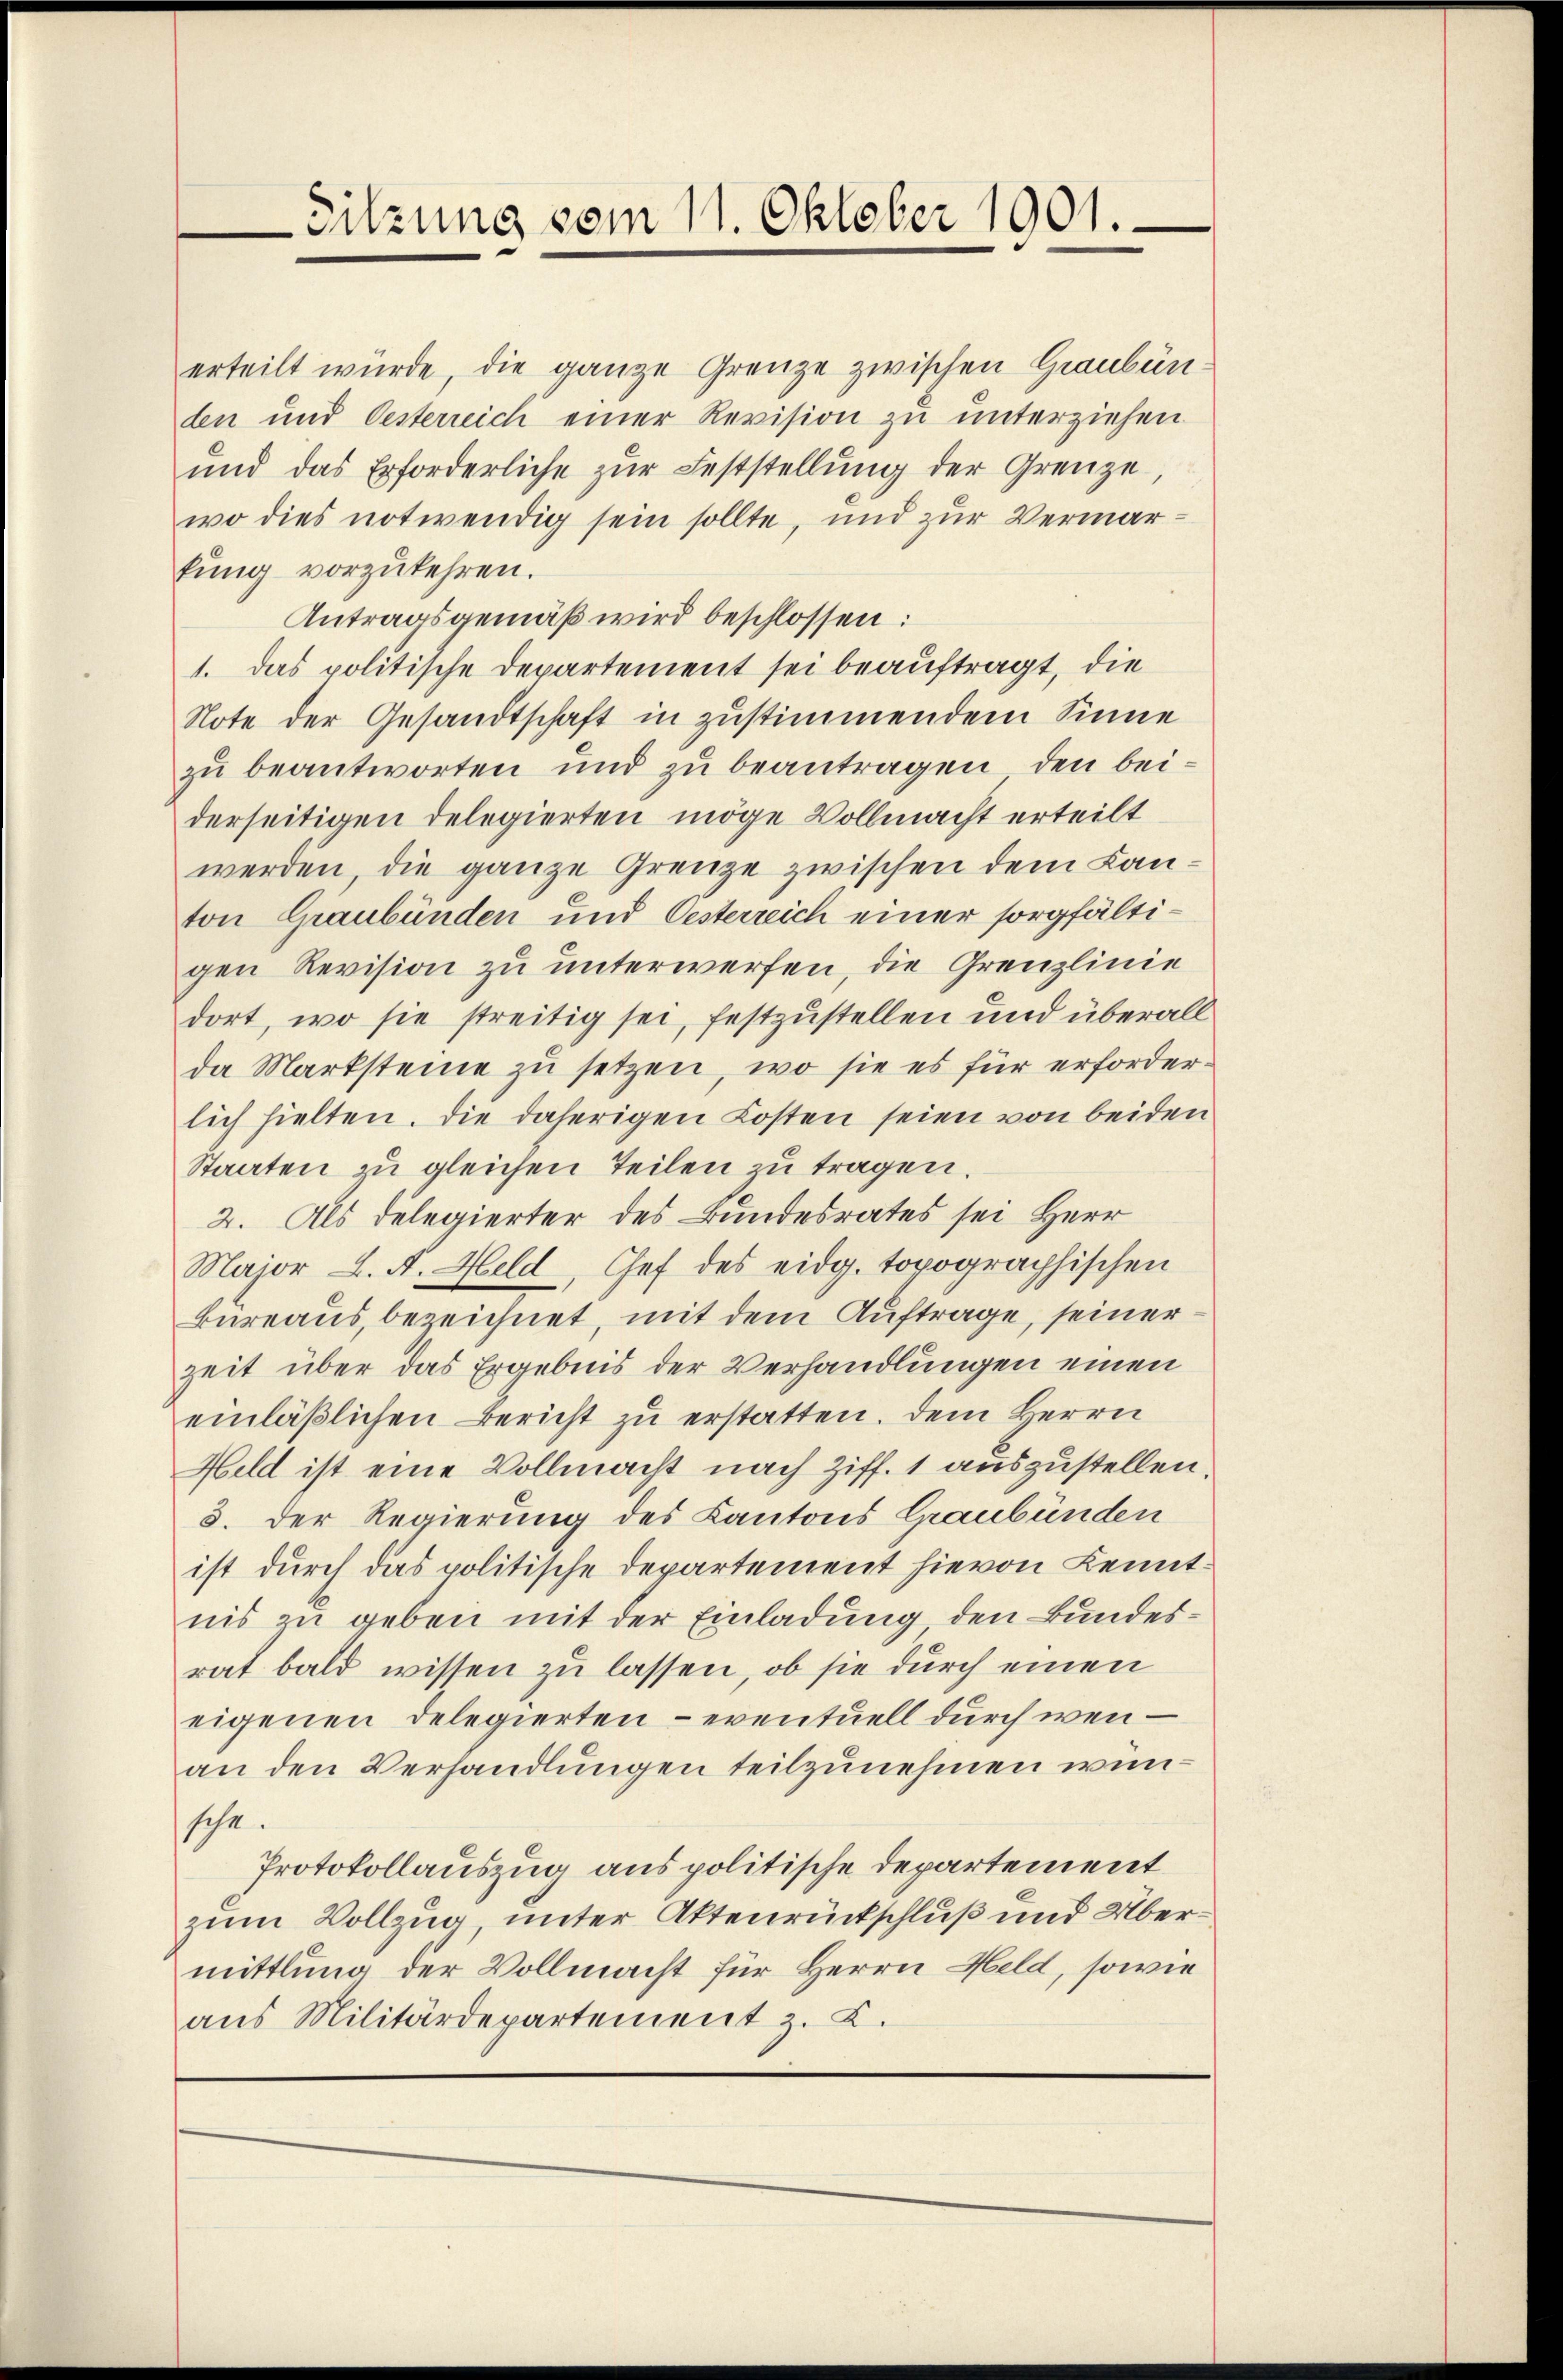
erteilt würde, die ganze Grenze zwischen Graubün
den und Oesterreich einer Revision zu unterziehen
und das Erforderliche zŭr Feststellŭng der Grenze,
wo dies notwendig sein sollte, und zur Vermarfung vorzukehren.
Antragsgemäß wird beschlossen:
1. das politische Departement sei beauftragt, die
Note der Gesandtschaft in zustimmendem Sinne
zu beantworten und zu beantragen, den beiderseitigen Delegierten möge Vollmacht erteilt
werden, die ganze Grenze zwischen dem Lanton Graubünden und Oesterreich einer sorgfältigen Revision zu unterwerfen, die Grenzlinie
dort, wo sie streitig sei, festzustellen und überall
da Marksteine zu setzen, wo sie es für erforderlich hielten. Die daherigen Kosten seien von beiden
Staaten zu gleichen Teilen zu tragen.
2. Als delegierter des Bundesrates sei Herr
Major L. A. Held, Chef des eidg. topographischen
Büreaus, bezeichnet, mit dem Auftrage, seiner
zeit über das Ergebnis der Verhandlungen einen
einläßlichen Bericht zu erstatten. Dem Herrn
Hild ist eine Vollmacht nach Ziff. 1 auszustellen.
3. Der Regierung des Kantons Graubünden
ist durch das politische Departement hievon Kenntnis zu geben mit der Einladung den Bundesrat bald wissen zu lassen, ob sie durch einen
eigenen Delegierten - eventuell durch wenan den Verhandlungen teilzunehmen wunsche
Protokollauszug aus politische Departement
zum Vollzug unter Aktenrückschluß und Übermittlung der Vollmacht für Herrn Held, sowie
aus Militärdepartement z. Z.

-Sitzung vom 11. Oktober 1901.